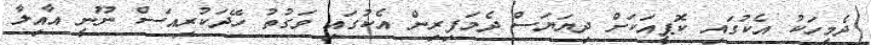
ދެމީހަކު އެކުގައި ކޮޕީއަކަށް ދިޔަޔަސް ދެމަފިރިން އެކުގައި ވަގުތު ހޭދަކުރިއަސް ނޫނީ އާއިލާ